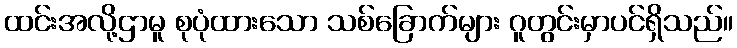
ထင်းအလို့ဌာမူ စုပုံထားသော သစ်ခြောက်များ ဂူတွင်းမှာပင်ရှိသည်။